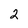
Character: 2